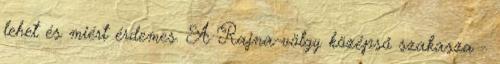
lehet és miért érdemes. A Rajna-völgy középső szakasza -